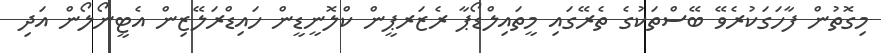
މިގޮތުން ފާހަގަކުރެވޭ ބޭސްތަކުގެ ތެރޭގައި މީތައިލްޑޯޕާ ރެޒަރޕީން ކްލޮނީޑީން ހައިޑްރަލޭޒިން އެޓީނޯލޯން އަދި